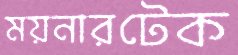
ময়নারটেক